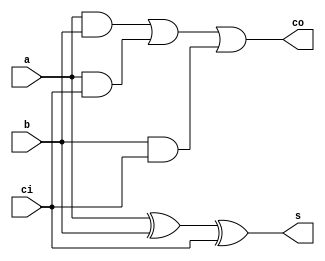
module fulladder(a,b,ci,s,co);
	input wire a,b,ci;
	output wire s,co;
	assign s=(a^b)^ci;
	assign co=(a&b)|(a&ci)|(b&ci);
endmodule

module alu_1bit(k,a,b,ci,s,co);
	input wire k,a,b,ci;
	output wire s,co;
	wire i;
	assign i=b^k;
	fulladder fa0(a,i,ci,s,co);
endmodule

module alu_8bit(k,a,b,ci,s,co);
	input wire k,ci;
	input wire [7:0]a,b;
	output wire [7:0]s;
	output wire co;
	wire [6:0]c;
	alu_1bit a0(k,a[0],b[0],ci,s[0],c[0]);
	alu_1bit a1(k,a[1],b[1],c[0],s[1],c[1]);
	alu_1bit a2(k,a[2],b[2],c[1],s[2],c[2]);
	alu_1bit a3(k,a[3],b[3],c[2],s[3],c[3]);
	alu_1bit a4(k,a[4],b[4],c[3],s[4],c[4]);
	alu_1bit a5(k,a[5],b[5],c[4],s[5],c[5]);
	alu_1bit a6(k,a[6],b[6],c[5],s[6],c[6]);
	alu_1bit a7(k,a[7],b[7],c[6],s[7],co);
endmodule

module alu_24bit(k,a,b,ci,s,co);
	input wire k,ci;
	input wire [23:0]a,b;
	output wire [23:0]s;
	output wire co;
	wire [1:0]c;
	alu_8bit a8_0(k,a[7:0],b[7:0],ci,s[7:0],c[0]);
	alu_8bit a8_1(k,a[15:8],b[15:8],c[0],s[15:8],c[1]);
	alu_8bit a8_2(k,a[23:16],b[23:16],c[1],s[23:16],co);
endmodule

module alu_24bit_k(k,a,b,s,co,h);
	input wire k;
	input wire [23:0]a,b;
	output wire [23:0]s;
	output wire co,h;
	wire [23:0]s0,s1,s2,s3;
	wire c0,c1,c3;
	alu_24bit a24_0(1'b0,a,b,1'b0,s0,c0);
	alu_24bit a24_1(1'b1,a,b,1'b1,s1,c1);
	assign s2=(~s1);
	alu_24bit a24_2(1'b0,s2,24'd1,1'b0,s3,c3);
	assign s	= 	(k==0)? s0 :(c1==1)? s1 :s3;
	assign co=  (k==0)? c0 :1'b0;
	assign h	=  (k==0)? 1'b1 :c1;
endmodule

module small_alu(a,b,s,co);
	input wire [7:0]a,b;
	output wire [7:0]s;
	output wire co;
	wire [7:0]s0,s1,s2;
	wire c1;
	alu_8bit s_a0(1'b1,a,b,1'b1,s0,co);
	assign s1=(~s0);
	alu_8bit s_a1(1'b0,s1,8'd1,1'b0,s2,c1);
	assign s= (co==1)? s0 :s2;
endmodule

module big_alu(a,b,sign_a,sign_b,s,sign_s,co);
	input wire [23:0]a,b;
	input wire sign_a,sign_b;
	output wire [23:0]s;
	output wire sign_s;
	output wire co;
	wire [23:0]s0,s1;
	wire k,h;
	wire sign_temp;
	assign k= sign_a ^ sign_b;
	alu_24bit_k a24k_0(k,a,b,s0,co,h);
	assign s			= (co==1)? {1'b1,s0[23:1]} : s0;
	assign sign_temp	= (sign_a & sign_b) | (sign_a & (~sign_b) );
	assign sign_s		= h? sign_temp : ~(sign_temp);
endmodule